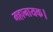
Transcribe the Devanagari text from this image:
महानायक।